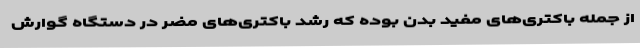
از جمله باکتری‌های مفید بدن بوده که رشد باکتری‌های مضر در دستگاه گوارش